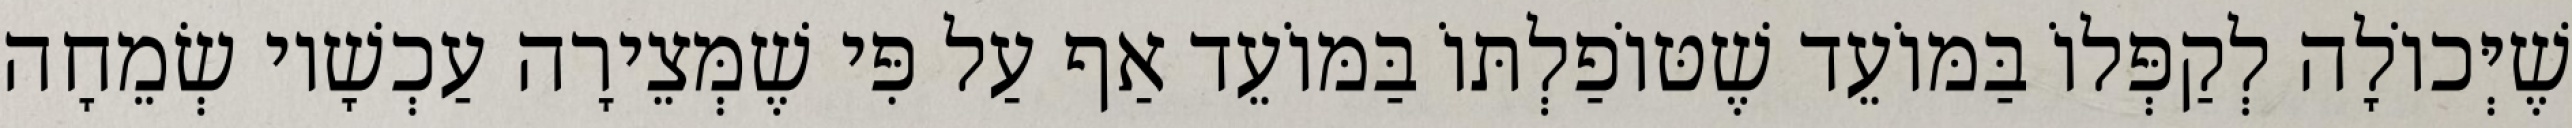
שֶׁיְּכוֹלָה לְקַפְּלוֹ בַּמּוֹעֵד שֶׁטּוֹפַלְתּוֹ בַּמּוֹעֵד אַף עַל פִּי שֶׁמְּצֵירָה עַכְשָׁיו שְׂמֵחָה